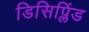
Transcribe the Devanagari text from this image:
डिसिप्लिंड